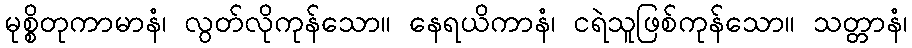
မုစ္စိတုကာမာနံ၊ လွတ်လိုကုန်သော။ နေရယိကာနံ၊ ငရဲသူဖြစ်ကုန်သော။ သတ္တာနံ၊